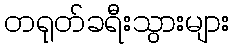
တရုတ်ခရီးသွားများ